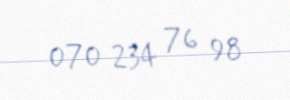
070 234 76 98